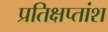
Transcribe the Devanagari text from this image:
प्रतिक्षप्तांश